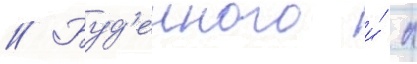
// Буд'енного и́ л